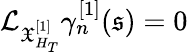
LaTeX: \mathcal{L}_{\mathfrak{X}_{H_{T}}^{[1]}}\gamma_{n}^{[1]}(\mathfrak{s})=0